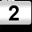
Digit: 2